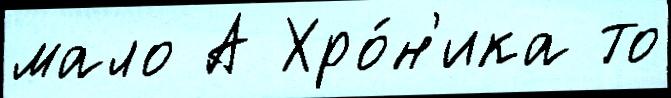
мало А Хро́н'ика то